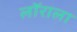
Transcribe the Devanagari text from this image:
लॉराला